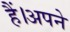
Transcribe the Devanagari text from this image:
हैं।अपने